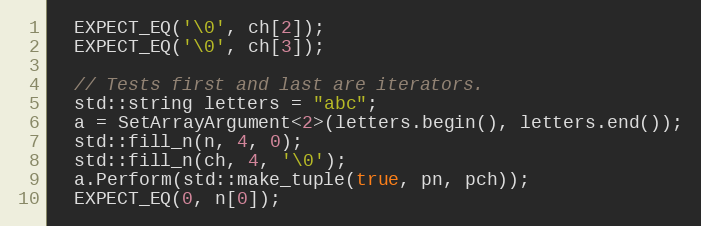
Language: C++
  EXPECT_EQ('\0', ch[2]);
  EXPECT_EQ('\0', ch[3]);

  // Tests first and last are iterators.
  std::string letters = "abc";
  a = SetArrayArgument<2>(letters.begin(), letters.end());
  std::fill_n(n, 4, 0);
  std::fill_n(ch, 4, '\0');
  a.Perform(std::make_tuple(true, pn, pch));
  EXPECT_EQ(0, n[0]);